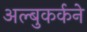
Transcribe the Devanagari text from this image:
अल्बुकर्कने